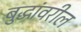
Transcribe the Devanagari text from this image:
बुद्धांवरील